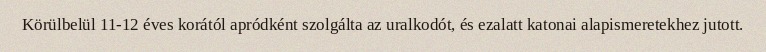
Körülbelül 11-12 éves korától apródként szolgálta az uralkodót, és ezalatt katonai alapismeretekhez jutott.